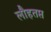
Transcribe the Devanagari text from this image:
लौहतप्त